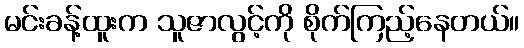
မင်းခန့်ထူးက သူဇာလွင့်ကို စိုက်ကြည့်နေတယ်။